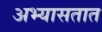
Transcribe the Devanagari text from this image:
अभ्यासतात